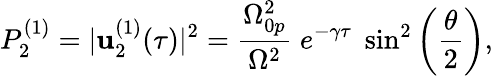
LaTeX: P_{2}^{(1)}=|\mathbf{u}_{2}^{(1)}(\tau)|^{2}=\frac{{\Omega_{0p}^{2}}}{{\Omega^{2}}}\; e^{-\gamma\tau}\; \sin^{2}\left(\frac{{\theta}}{{2}}\right),